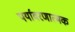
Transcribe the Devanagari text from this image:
पर्यावरणात्मक